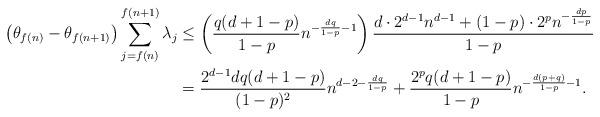
LaTeX: \begin{align*} \left(\theta_{f(n)}-\theta_{f(n+1)}\right)\sum_{j=f(n)}^{f(n+1)}\lambda_j&\le\left(\frac{q(d+1-p)}{1-p}n^{-\frac{dq}{1-p}-1}\right)\frac{d\cdot2^{d-1}n^{d-1}+(1-p)\cdot2^pn^{-\frac{dp}{1-p}}}{1-p}\\ &=\frac{2^{d-1}dq(d+1-p)}{(1-p)^2}n^{d-2-\frac{dq}{1-p}}+\frac{2^pq(d+1-p)}{1-p}n^{-\frac{d(p+q)}{1-p}-1}. \end{align*}